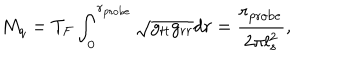
M _ { q } = T _ { F } \int _ { 0 } ^ { r _ { \mathrm { p r o b e } } } \sqrt { g _ { t t } g _ { r r } } d r = \frac { r _ { \mathrm { p r o b e } } } { 2 \pi l _ { s } ^ { 2 } } ,